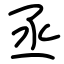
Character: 丞